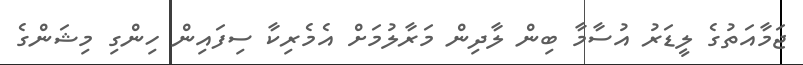
ޖަމާއަތުގެ ލީޑަރު އުސާމާ ބިން ލާދިން މަރާލުމަށް އެމެރިކާ ސިފައިން ހިންގި މިޝަންގެ